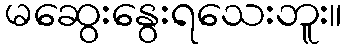
မဆွေးနွေးရသေးဘူး။